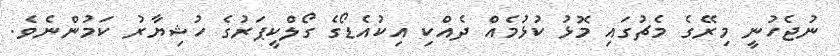
ނުޖެހުނީ މިރޭގެ މެޗުގައި މޮޅު ކުޅުމެއް ދެއްކި އިކުއެޑޯގެ ގޯލްކީޕަރުގެ ހުޝިޔާރު ކަމުންނެވެ.